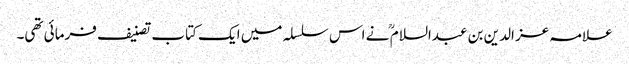
علامہ عز الدین بن عبدالسلام ؒ نے اس سلسلہ میں ایک کتاب تصنیف فرمائی تھی۔